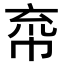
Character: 𢂙